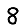
Digit: 8